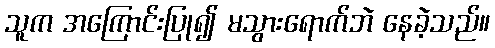
သူက အကြောင်းပြု၍ မသွားရောက်ဘဲ နေခဲ့သည်။